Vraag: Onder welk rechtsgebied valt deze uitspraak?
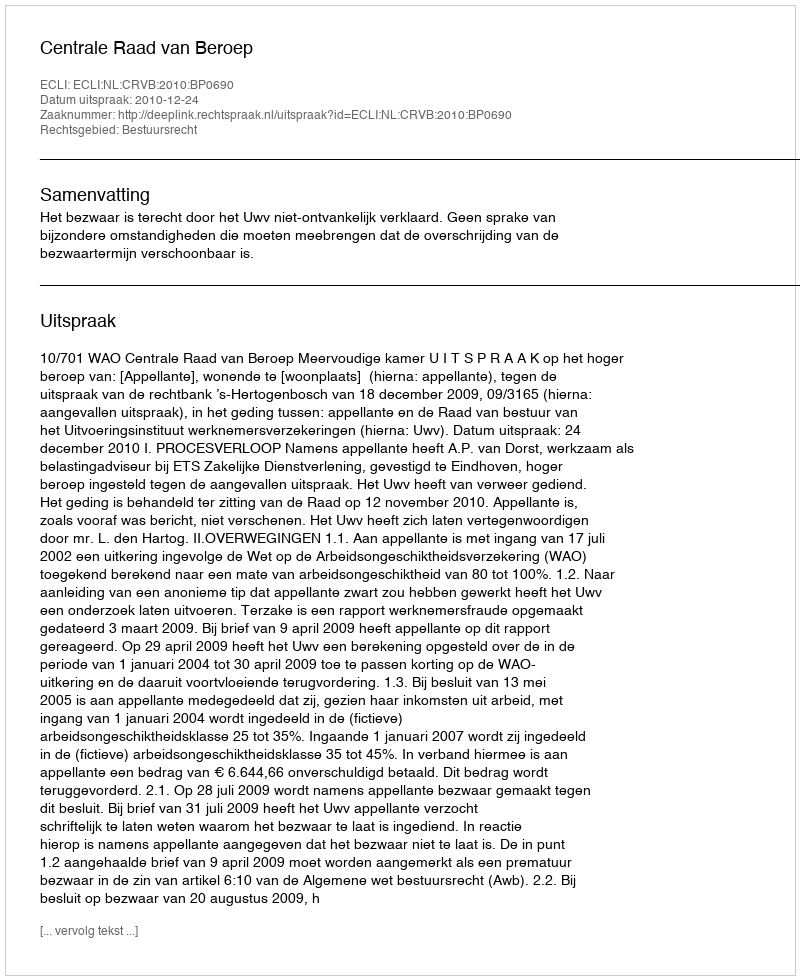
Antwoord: Bestuursrecht